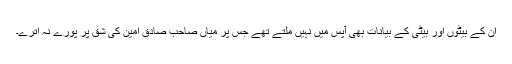
ان کے بیٹوں اور بیٹی کے بیانات بھی آپس میں نہیں ملتے تھے جس پر میاں صاحب صادق امین کی شق پر پورے نہ اترے۔